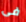
فى